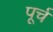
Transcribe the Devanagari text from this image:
पूर्च